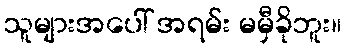
သူများအပေါ် အရမ်း မမှီခိုဘူး။